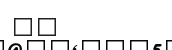
٣٨